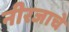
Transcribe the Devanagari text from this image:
नीरजाचे